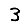
Digit: 3